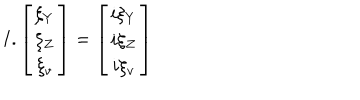
I . \left[ \begin{array} { c } { { \xi _ { Y } } } \\ { { \xi _ { Z } } } \\ { { \xi _ { v } } } \\ \end{array} \right] = \left[ \begin{array} { c } { { i \xi _ { Y } } } \\ { { i \xi _ { Z } } } \\ { { i \xi _ { v } } } \\ \end{array} \right]